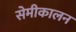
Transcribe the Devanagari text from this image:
सेमीकालन